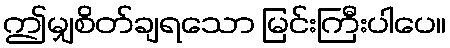
ဤမျှစိတ်ချရသော မြင်းကြီးပါပေ။